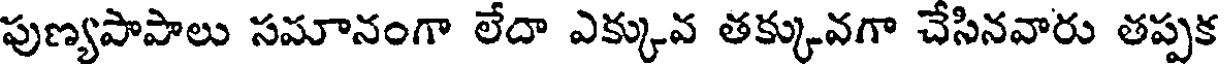
పుణ్యపాపాలు సమానంగా లేదా ఎక్కువ తక్కువగా చేసినవారు తప్పక